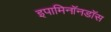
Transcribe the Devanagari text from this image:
इपामिनॉनडॉस